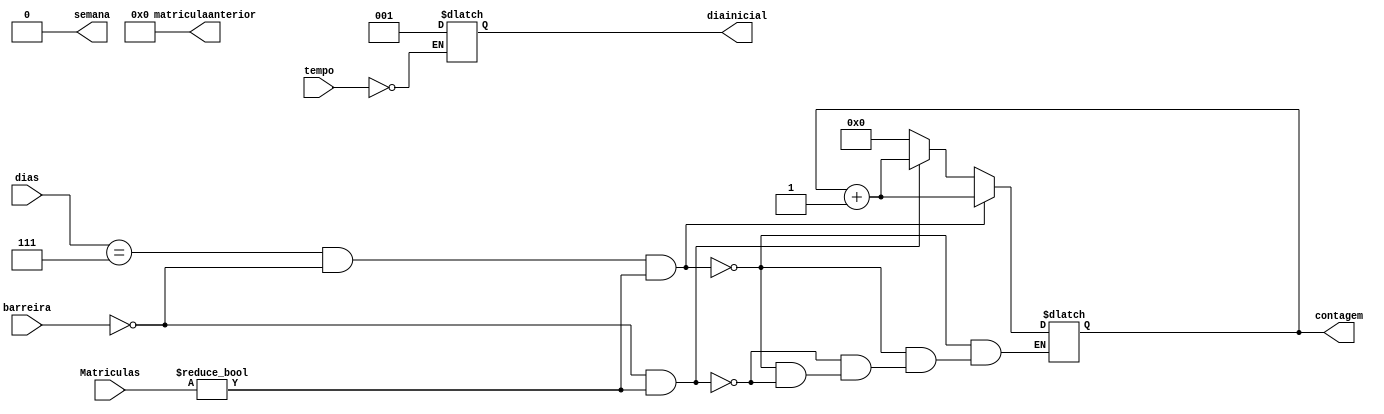
module Contagemdeviaturas(Matriculas,tempo,dias,diainicial,barreira,contagem,semana,matriculaanterior);
	input [23:0] Matriculas;
	input [2:0] dias;
	input [6:0] tempo;
	input barreira;
	output [3:0] contagem;
	output [2:0] diainicial;
	output semana;
	output [23:0] matriculaanterior = 0;
	reg [3:0] contagem=0;
	reg [23:0] matriculaanterior;
	reg [2:0] diainicial;
	reg semana = 0;

always@(tempo)
	begin
		if (tempo == 0)
			begin
				diainicial = 3'b 001;
			end
	end
always @(Matriculas)
	begin
		if (dias == 3'b 111)
			begin
				semana = 1;
			end
	end
always@(Matriculas,barreira)
#2
	begin
		if (dias == 3'b 111 && barreira == 0 && Matriculas != matriculaanterior)
			begin
				contagem = contagem + 1;
				matriculaanterior = Matriculas;
			end
		else if (barreira == 0 && semana == 0 && Matriculas != matriculaanterior)
			begin
				contagem = contagem + 1;
				matriculaanterior = Matriculas;
			end
		else if (dias >= diainicial  && dias!= 3'b 111 && semana == 1)
			begin
				semana = 0;
				contagem = 0;
			end
	end

endmodule